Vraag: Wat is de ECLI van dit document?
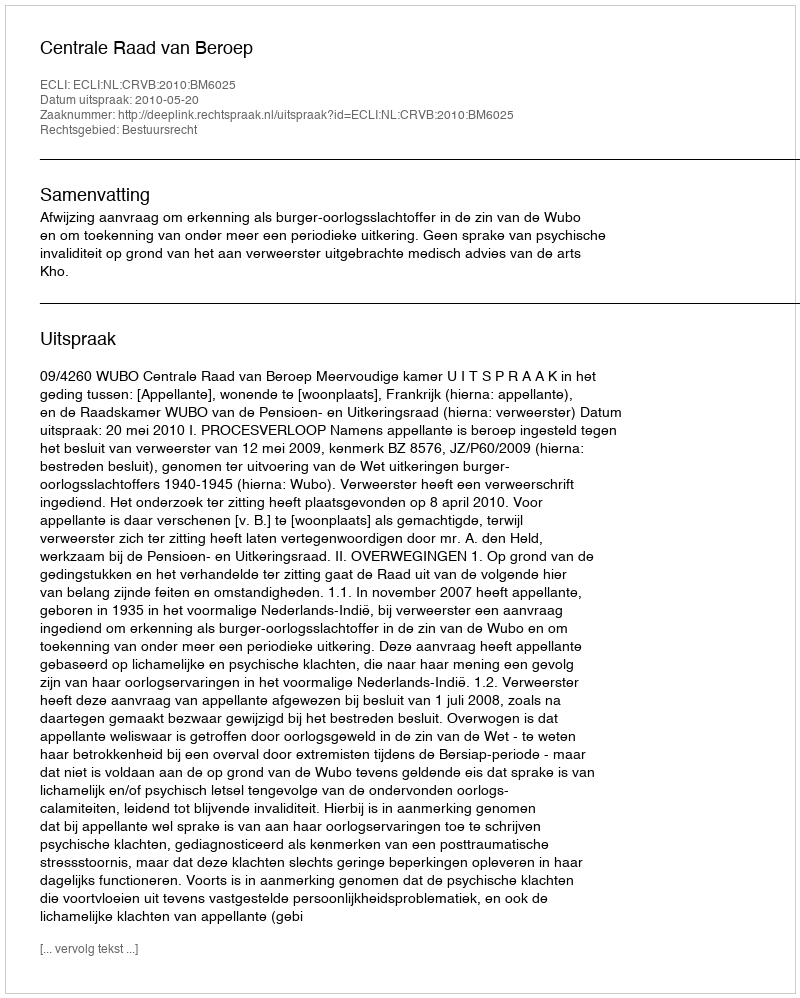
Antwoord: ECLI:NL:CRVB:2010:BM6025